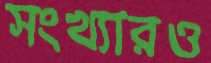
সংখ্যারও